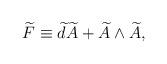
LaTeX: \begin{align*}\widetilde{F}\equiv \widetilde{d}\widetilde{A}+\widetilde{A}\wedge\widetilde{A} , \end{align*}